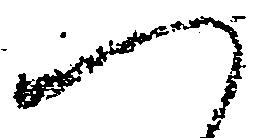
へ